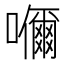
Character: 𭌞